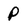
Character: p